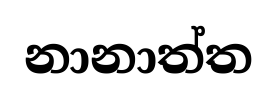
නානාත්ත